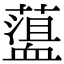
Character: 𧗎